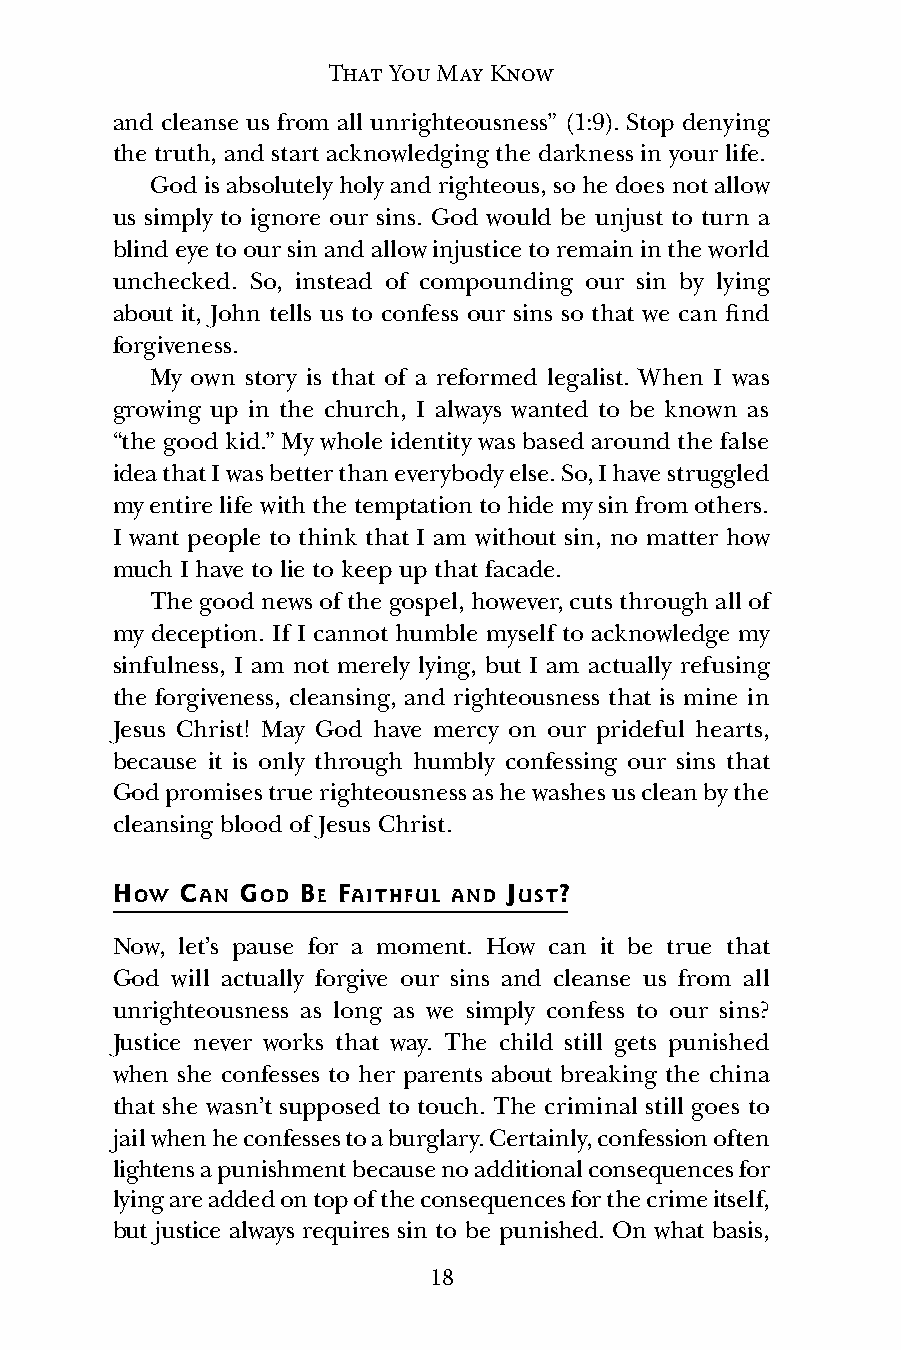
That You May Know
 and cleanse us from all unrighteousness” (1:9). Stop denying
 the truth, and start acknowledging the darkness in your life.
 God is absolutely holy and righteous, so he does not allow
 us simply to ignore our sins. God would be unjust to turn a
 blind eye to our sin and allow injustice to remain in the world
 unchecked. So, instead of compounding our sin by lying
 about it, John tells us to confess our sins so that we can find
 forgiveness.
 My own story is that of a reformed legalist. When I was
 growing up in the church, I always wanted to be known as
 “the good kid.” My whole identity was based around the false
 idea that I was better than everybody else. So, I have struggled
 my entire life with the temptation to hide my sin from others.
 I want people to think that I am without sin, no matter how
 much I have to lie to keep up that facade.
 The good news of the gospel, however, cuts through all of
 my deception. If I cannot humble myself to acknowledge my
 sinfulness, I am not merely lying, but I am actually refusing
 the forgiveness, cleansing, and righteousness that is mine in
 Jesus Christ! May God have mercy on our prideful hearts,
 because it is only through humbly confessing our sins that
 God promises true righteousness as he washes us clean by the
 cleansing blood of Jesus Christ.
 HOW  CAN GOD BE FAITHFUL AND JUST?
 Now, let’s pause for a moment. How can it be true that
 God will actually forgive our sins and cleanse us from all
 unrighteousness as long as we simply confess to our sins?
 Justice never works that way. The child still gets punished
 when she confesses to her parents about breaking the china
 that she wasn’t supposed to touch. The criminal still goes to
 jail when he confesses to a burglary. Certainly, confession often
 lightens a punishment because no additional consequences for
 lying are added on top of the consequences for the crime itself,
 but justice always requires sin to be punished. On what basis,
 18